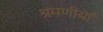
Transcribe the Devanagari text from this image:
श्रमणीयां